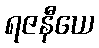
ရဇနီယေ